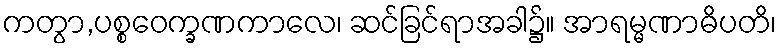
ကတွာ,ပစ္စဝေက္ခဏကာလေ၊ ဆင်ခြင်ရာအခါ၌။ အာရမ္မဏာဓိပတိ၊